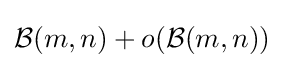
{\mathcal {B}}(m,n)+o({\mathcal {B}}(m,n))